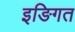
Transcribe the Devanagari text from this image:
इङिगत